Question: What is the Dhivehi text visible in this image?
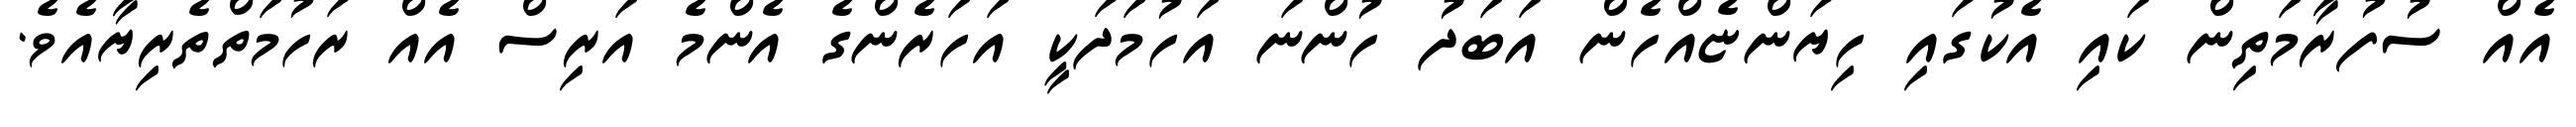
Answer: އެއް ސުފުރާމަތިން ކައި އެކުގައި ހިޔަންޏެއްހެން އަބަދު ހުންނަ އަހުމަދަކީ އަހަރެންގެ އެންމެ އަރިސް އެއް ރަހުމަތްތެރިޔާއެވެ.